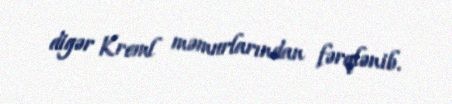
digər Kreml məmurlarından fərqlənib.